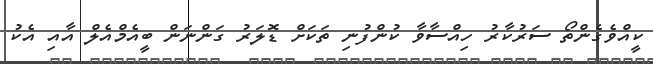
ކީއްވެގެންތޯ ސަރުކާރު ހިއްސާވާ ކުންފުނި ތަކަށް ޑޮލަރު ގަންނަން ބީއެމްއެލް އާއި އެކު